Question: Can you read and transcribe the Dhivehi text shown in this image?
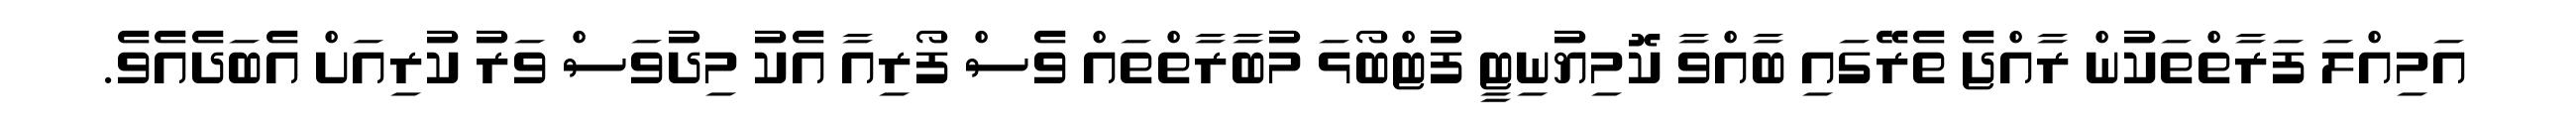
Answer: އަމިއްލަ ފަރާތްތަކުން ރާއްޖެ ތެރޭގައި ބާއްވާ ކޮމިޔުނިޓީ ފުޓްބޯޅަ މުބާރާތްތައް ވެސް ފޯރިއާ އެކު މިދުވަސް ވަރު ކުރިއަށް އެބަދެއެވެ.